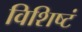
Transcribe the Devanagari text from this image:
विशिष्टं